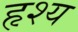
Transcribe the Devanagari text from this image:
हृश्य